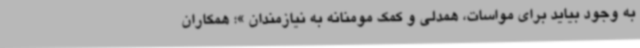
به وجود بیاید برای مواسات، همدلی و کمک مومنانه به نیازمندان »؛ همکاران